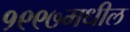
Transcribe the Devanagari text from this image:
१९९७मधील